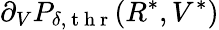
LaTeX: \partial_{V}P_{\delta,\mathrm{~t~h~r~}}(R^{*},V^{*})